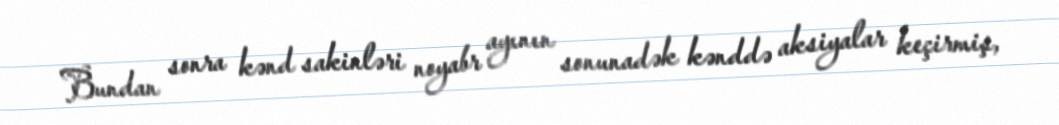
Bundan sonra kənd sakinləri noyabr ayının sonunadək kənddə aksiyalar keçirmiş,